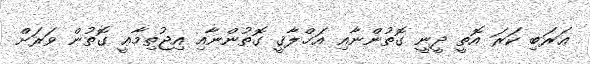
ޢަރަބި ކަރަ އޮތީ ދީނީ ގޮތުންނާއި އަޚްލާޤީ ގޮތުންނާއި އިޖުތިމާޢީ ގޮތުން ވަރަށް